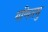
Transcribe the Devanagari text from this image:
गणितमु